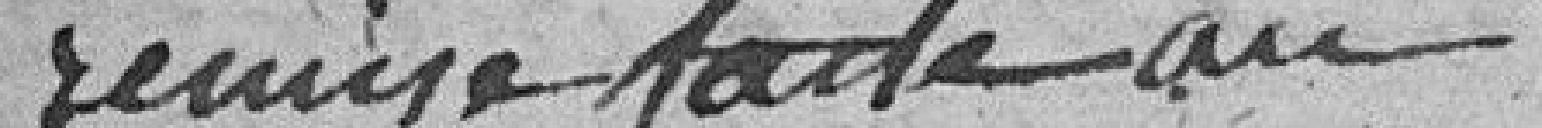
remise faite au